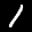
Label: 1